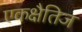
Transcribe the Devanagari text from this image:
एकक्षैतिज